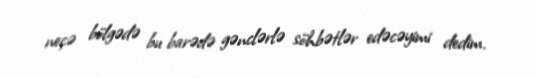
neçə bölgədə bu barədə gənclərlə söhbətlər edəcəyimi dedim.